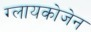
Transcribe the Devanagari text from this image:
ग्लायकोजेन